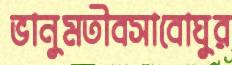
ভানুমতীবসাবোঘুর